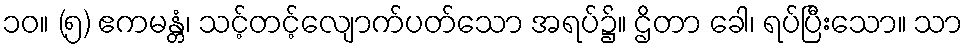
၁၀။ (၅) ဧကမန္တံ၊ သင့်တင့်လျောက်ပတ်သော အရပ်၌။ ဌိတာ ခေါ၊ ရပ်ပြီးသော။ သာ